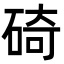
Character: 碕